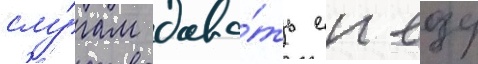
слу́гам дава́ть еи еду